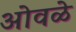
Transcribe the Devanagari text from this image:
ओवळे